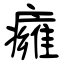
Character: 癕